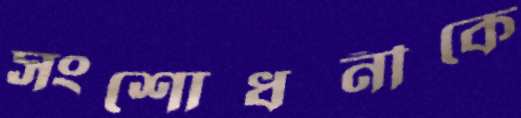
সংশোধনীকে